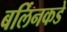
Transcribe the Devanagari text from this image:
बर्लिनकडे